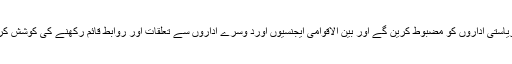
ہم تمام ریاستی اداروں کو مضبوط کرین گے اور بین الاقوامی ایجنسیوں اورد وسرے اداروں سے تعلقات اور روابط قائم رکھنے کی کوشش کریں گے۔